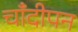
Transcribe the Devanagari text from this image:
चाँदीपन